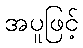
အပူဖြင့်